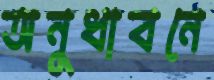
অনুধাবনে